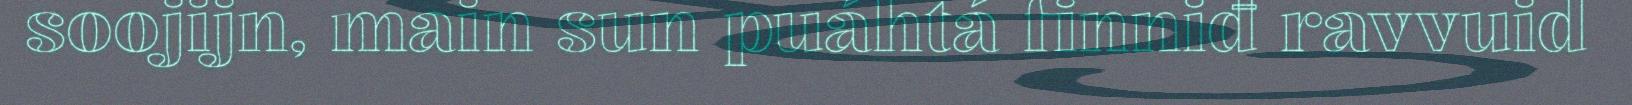
soojijn, main sun puáhtá finniđ ravvuid